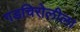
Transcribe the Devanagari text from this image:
गडचिरोलीला